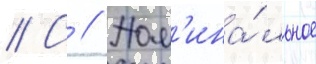
// С // Ном'ина́льное